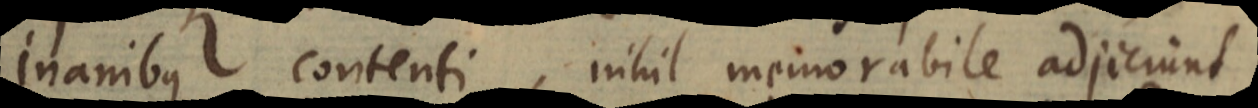
inanibus contenti, nihil memorabile adjiciunt